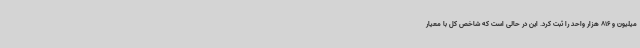
میلیون و 816 هزار واحد را ثبت کرد. این در حالی است که شاخص کل با معیار